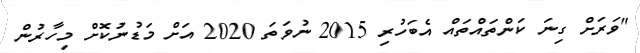
"ވަރަށް ގިނަ ކަންތައްތައް އެބަހުރި 2015 ނުވަތަ 2020 އަށް މަޑުނުކޮށް މިހާރުން